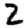
Digit: 2